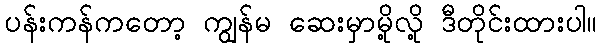
ပန်းကန်ကတော့ ကျွန်မ ဆေးမှာမို့လို့ ဒီတိုင်းထားပါ။